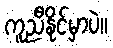
ကူညီနိုင်မှာပဲ။